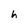
Character: h